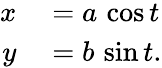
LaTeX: \begin{array}{rl}{x}&{{}=a\, \cos t}\\ {y}&{{}=b\, \sin t.}\end{array}